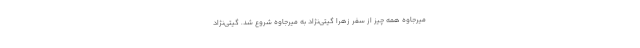
میرجاوه همه چیز از سفرِ زهرا گیتی‌نژاد به میرجاوه شروع شد. گیتی‌نژاد